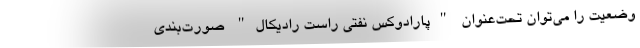
وضعیت را می‌توان تحت‌عنوان "پارادوکس نفتی راست رادیکال" صورت‌بندی